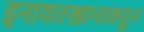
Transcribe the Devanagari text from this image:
इनायतखानाकडून